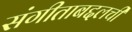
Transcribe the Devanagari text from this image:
संगीताबद्दलची